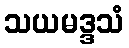
သယမဒ္ဒသံ